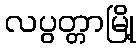
လပွတ္တာမြို့